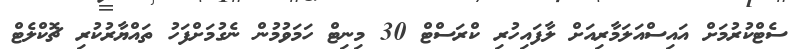
ސެޓްކުރުމަށް އައިސްއަލަމާރިއަށް ލާފައިހުރި ކްރަސްޓް 30 މިނިޓް ހަމަވުމުން ނެގުމަށްފަހު ތައްޔާރުކުރި ޗޮކްލެޓް